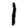
Digit: 1